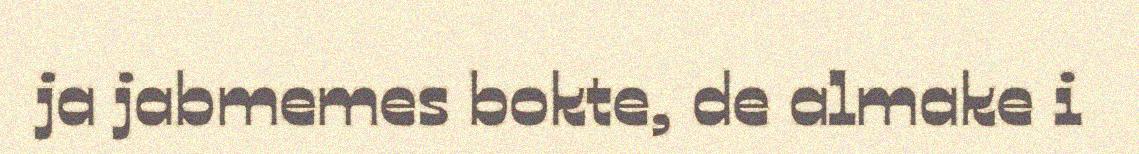
ja jabmemes bokte, de almake i